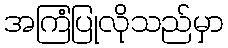
အကြံပြုလိုသည်မှာ